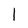
Character: 1